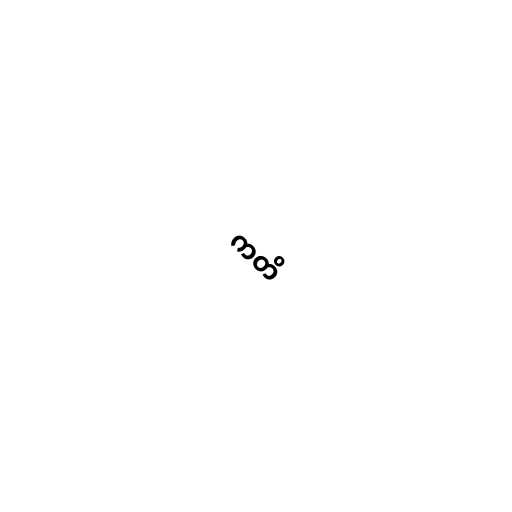
ကတိ